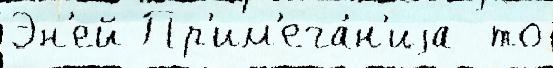
Эн'ей Пр'им'еча́н'иjа  то